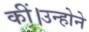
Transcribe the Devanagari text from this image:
कीं।उन्होने